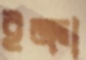
ইক্রা